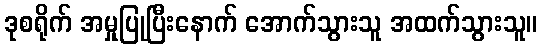
ဒုစရိုက် အမှုပြုပြီးနောက် အောက်သွားသူ အထက်သွားသူ။